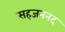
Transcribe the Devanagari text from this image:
सहजननद